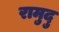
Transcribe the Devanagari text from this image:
रामुदु